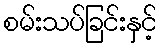
စမ်းသပ်ခြင်းနှင့်